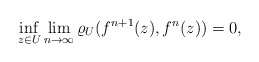
\begin{align*}\inf_{z\in U} \lim_{n\to\infty} \varrho_U(f^{n+1}(z), f^n(z))=0,\end{align*}